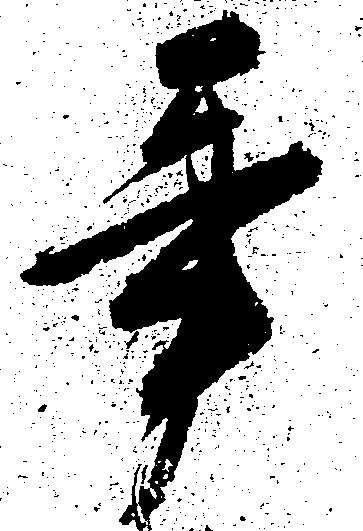
辛